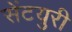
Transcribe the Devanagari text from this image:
सेंटयुरी